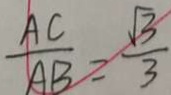
\frac { A C } { A B } = \frac { \sqrt { 3 } } { 3 }